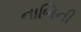
નાભિની